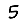
Digit: 5